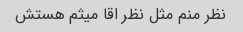
نظر منم مثل نظر اقا میثم هستش